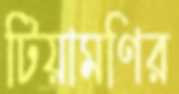
টিয়ামণির